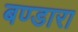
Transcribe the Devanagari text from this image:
बण्डारा